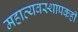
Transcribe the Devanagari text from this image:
महाव्यवस्थापकही